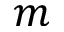
m